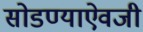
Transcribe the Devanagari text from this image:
सोडण्याऐवजी